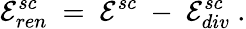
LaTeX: {\cal E}_{ren}^{sc}\ =\ {\cal E}^{sc}\ -\ {\cal E}_{div}^{sc}\ .